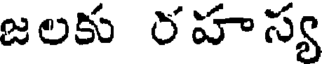
జలకు రహస్య